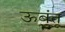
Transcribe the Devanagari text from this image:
ऊबुंतू